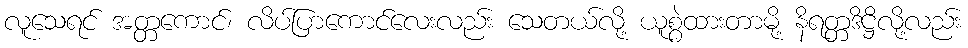
လူသေရင် အတ္တကောင်၊ လိပ်ပြာကောင်လေးလည်း သေတယ်လို့ ယူစွဲထားတာမို့ နိရတ္တဒိဋ္ဌိလို့လည်း